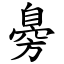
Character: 臱